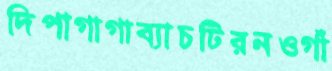
দিপাগাগাব্যাচটিরনওগাঁ